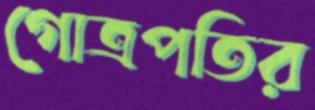
গোত্রপতির